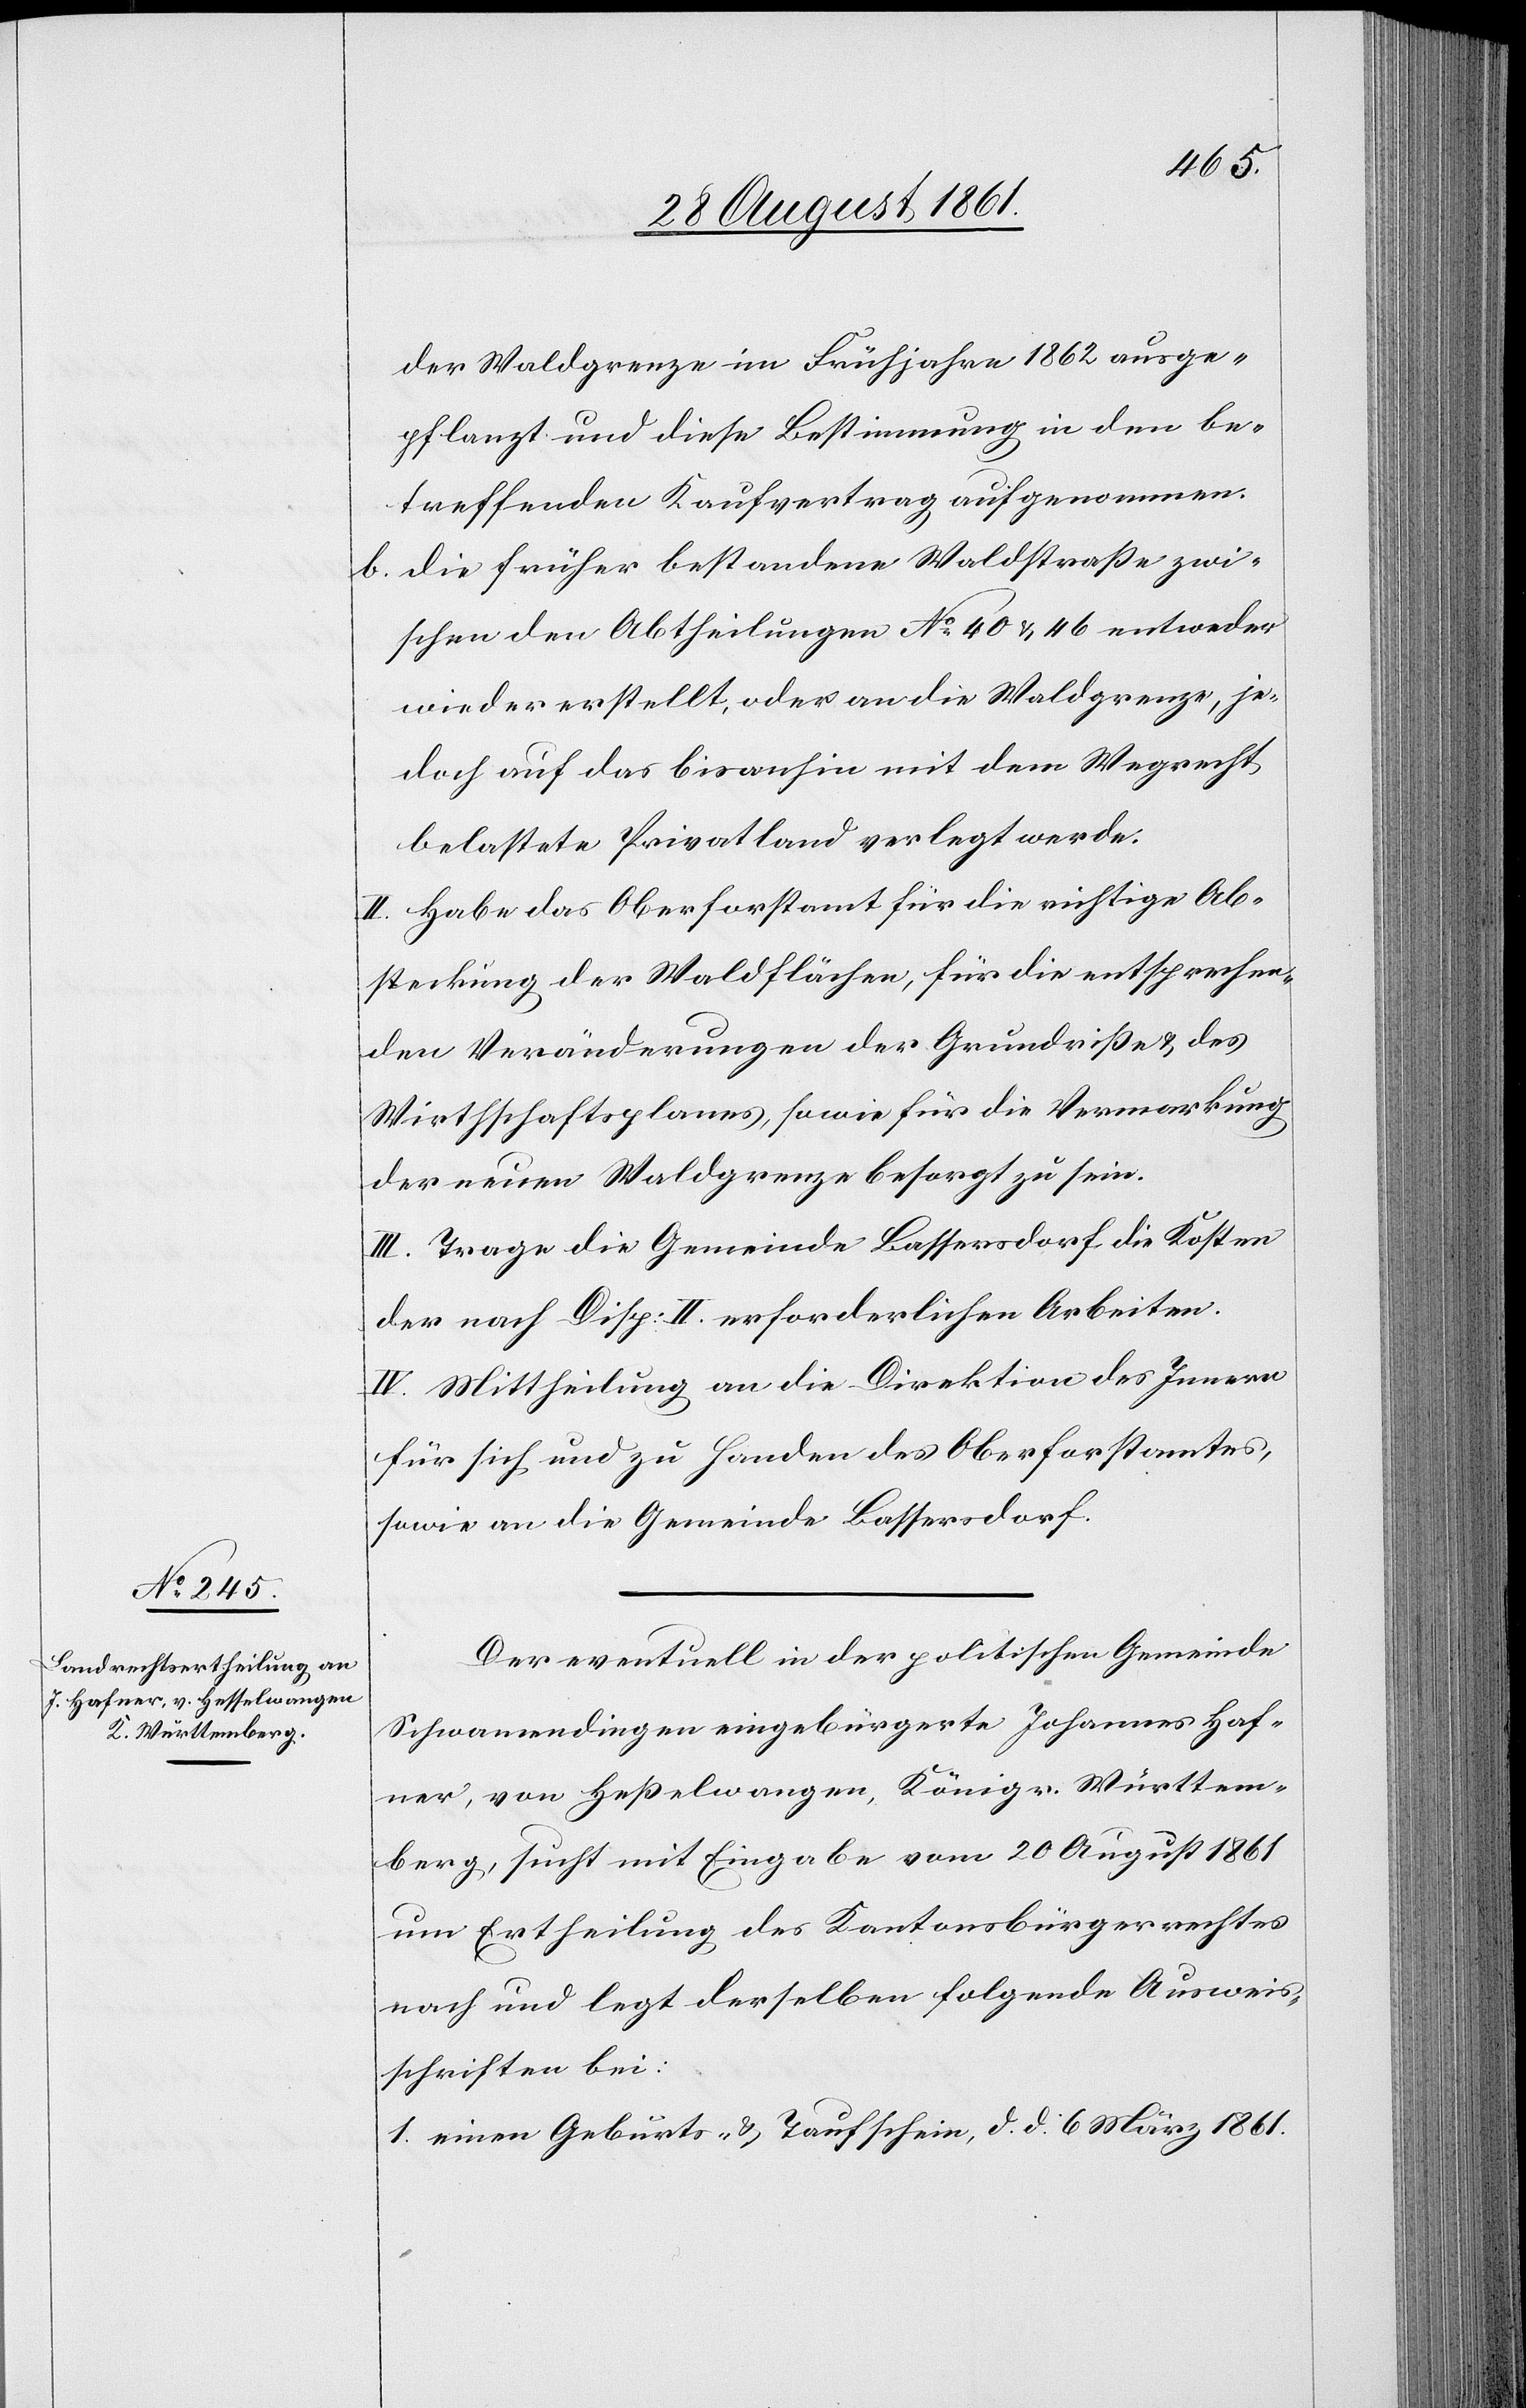
der Waldgrenze im Frühjahre 1862 ausge¬
pflanzt und diese Bestimmung in den be¬
treffenden Kaufvertrag aufgenommen,
b. die früher bestandene Waldstraße zwi¬
schen den Abtheilungen N° 40 u. 46 entweder
wieder erstellt, oder an die Waldgrenze, je¬
doch auf das bisanhin mit dem Wegrecht
belastete Privatland verlegt werde.
II. Habe das Oberforstamt für die richtige Ab¬
steckung der Waldflächen, für die entsprechen¬
den Veränderungen der Grundriße u. des
Wirthschaftsplanes, sowie für die Vermarkung
der neuen Waldgrenze besorgt zu sein.
III. Trage die Gemeinde Bassersdorf die Kosten
der nach Disp. II erforderlichen Arbeiten.
IV. Mittheilung an die Direktion des Innern
für sich und zu Handen des Oberforstamtes,
sowie an die Gemeinde Bassersdorf.
Der eventuell in der politischen Gemeinde
Schwamendingen eingebürgerte Johannes Haf¬
ner, von Heßelwangen, Königr. Württem¬
berg, sucht mit Eingabe vom 20 August 1861
um Ertheilung des Kantonsbürgerrechtes
nach und legt derselben folgende Ausweis¬
schriften bei:
1. einen Geburts- u. Taufschein, d. d. 6 März 1861.